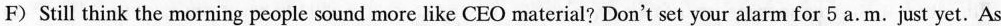
F) Still think the morning people sound more like CEO material? Don't set your alarm for 5 a.m. just yet. As